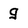
Character: q